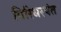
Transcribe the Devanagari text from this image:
गिरिधरपंत